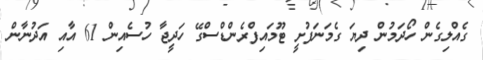
ގެއްލިގެން ހޯދަމުން ދިޔަ ގެމަނަފުށީ ޓޫމައިފްރެންޑްސްގޭ ހަދީޖާ ހުސެއިން 61 އާއި އަދުނާން